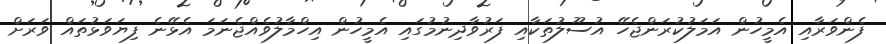
ފެންވަރާއި އެމީހުން އަމަލުކުރަންޖެހޭ އުސޫލުތަކާއި ފަރުވާދިނުމުގައި އެމީހުން އިހްމާލުވެއްޖެނަމަ އެޅޭނެ ފިޔަވަޅުތައް ވަރަށް